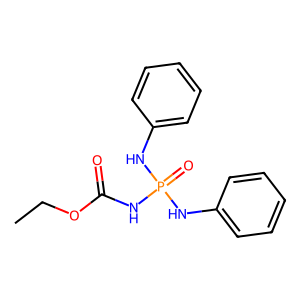
SMILES: CCOC(=O)NP(=O)(Nc1ccccc1)Nc1ccccc1
Inhibits HIV replication: No